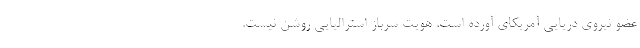
عضو نیروی دریایی آمریکای آورده است. هویت سرباز استرالیایی روشن نیست.